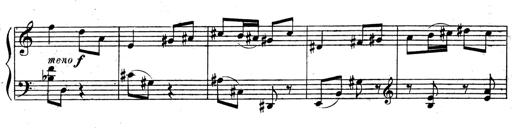
Title: 3 Sonatinas for Piano
Composer: Vissarion Shebalin